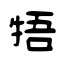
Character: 牾